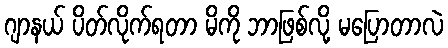
ဂျာနယ် ပိတ်လိုက်ရတာ မိကို ဘာဖြစ်လို့ မပြောတာလဲ